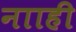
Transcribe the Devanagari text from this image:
नााही